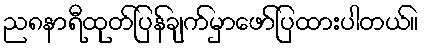
ည၈နာရီထုတ်ပြန်ချက်မှာဖော်ပြထားပါတယ်။